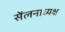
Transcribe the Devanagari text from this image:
सेंलनाध्यक्ष